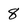
Character: 8